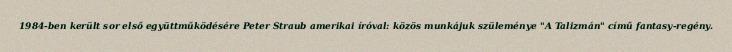
1984-ben került sor első együttműködésére Peter Straub amerikai íróval: közös munkájuk szüleménye "A Talizmán" című fantasy-regény.